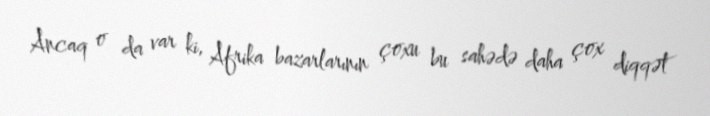
Ancaq o da var ki, Afrika bazarlarının çoxu bu sahədə daha çox diqqət